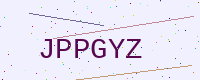
Text: JPPGYZ